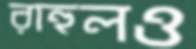
রাহুলও